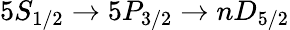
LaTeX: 5S_{1/2}\rightarrow 5P_{3/2}\rightarrow nD_{5/2}